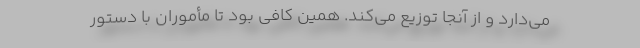
می‌دارد و از آنجا توزیع می‌کند. همین کافی بود تا مأموران با دستور